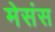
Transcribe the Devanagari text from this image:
मेसंस